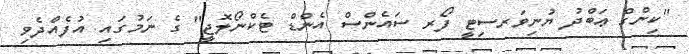
"ކިންގް ޢަބްދު ޔުނިވަރސިޓީ ފޯރ ސައެންސް އެންޑް ޓެކްނޯލޮޖީ" ގެ ނަމުގައި އުފެއްދެވި